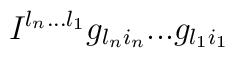
I^{l_n ... l_1} g_{l_n i_n} ... g_{l_1 i_1}